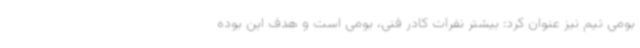
بومی تیم نیز عنوان کرد: بیشتر نفرات کادر فنی، بومی است و هدف این بوده